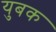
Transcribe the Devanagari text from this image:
युबक